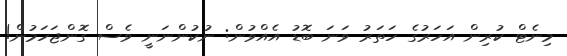
މިނެޓް ކުރިން އަހަރުގެ ހަތަރު ވަނަ ބޮޑު އެއްވުން: ނުކުންނަނީ ވެސް ގޮންޖަހަމުން!